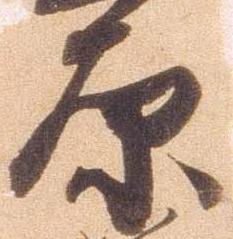
原